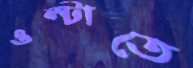
ওল্টাতে